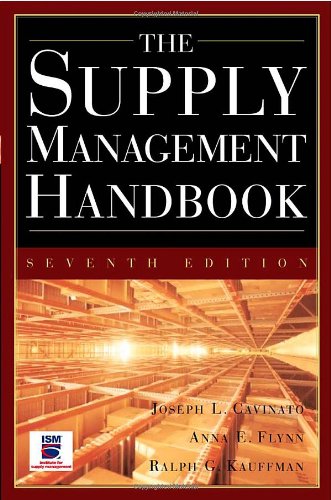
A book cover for The Supply Mangement Handbook, 7th Ed; Joseph Cavinato; Business & Money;